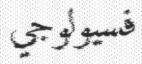
فسيولوجي